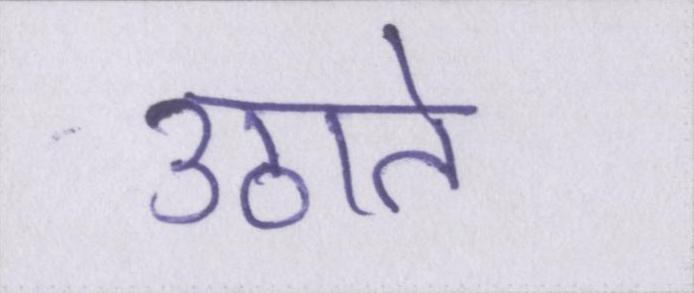
उठाते